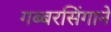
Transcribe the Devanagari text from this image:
गब्बरसिंगाने